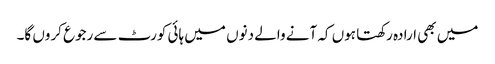
میں بھی ارادہ رکھتا ہوں کہ آنے والے دنوں میں ہائی کورٹ سے رجوع کروں گا۔